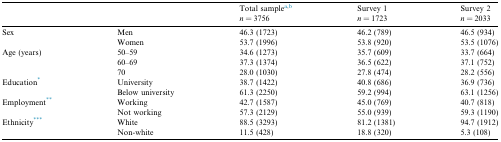
|  |  | Total samplea,bn = 3756 | Survey 1n = 1723 | Survey 2n = 2033 |
 | --- | --- | --- | --- | --- |
 | Sex | Men | 46.3 (1723) | 46.2 (789) | 46.5 (934) |
 |  | Women | 53.7 (1996) | 53.8 (920) | 53.5 (1076) |
 | Age (years) | 50–59 | 34.6 (1273) | 35.7 (609) | 33.7 (664) |
 |  | 60–69 | 37.3 (1374) | 36.5 (622) | 37.1 (752) |
 |  | 70 | 28.0 (1030) | 27.8 (474) | 28.2 (556) |
 | Education⁎ | University | 38.7 (1422) | 40.8 (686) | 36.9 (736) |
 |  | Below university | 61.3 (2250) | 59.2 (994) | 63.1 (1256) |
 | Employment⁎⁎ | Working | 42.7 (1587) | 45.0 (769) | 40.7 (818) |
 |  | Not working | 57.3 (2129) | 55.0 (939) | 59.3 (1190) |
 | Ethnicity⁎⁎⁎ | White | 88.5 (3293) | 81.2 (1381) | 94.7 (1912) |
 |  | Non-white | 11.5 (428) | 18.8 (320) | 5.3 (108) |